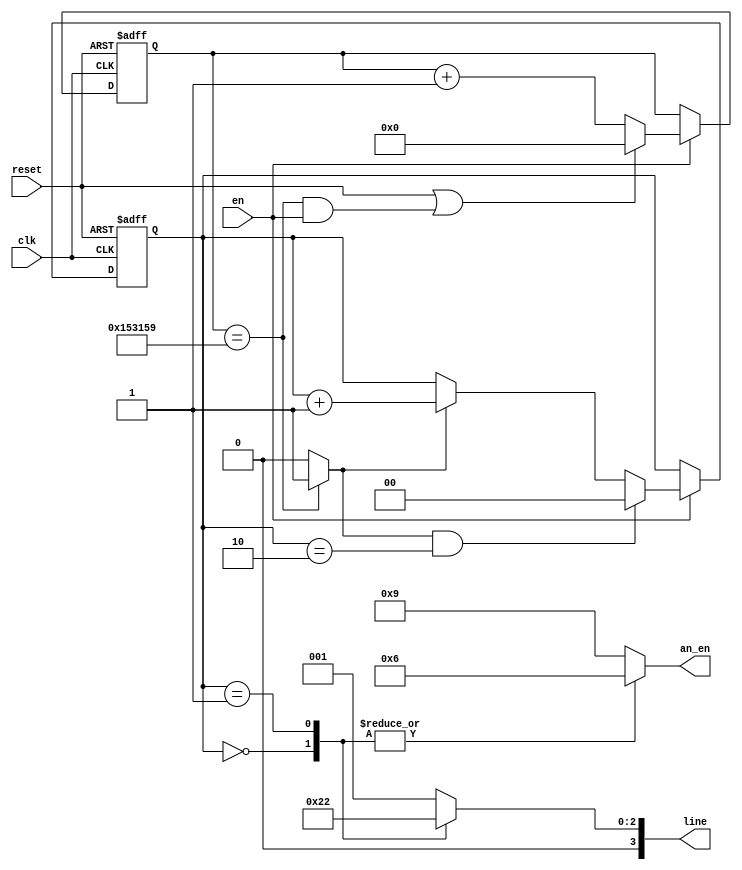
module heartbeat(
    input clk, 
    input reset,
    input en,
    output reg [3:0] an_en,    //if 1 on, if 0 off
    output reg [3:0] line
    );
    
    parameter DVSR = 1388889; //Mod-M counter for 72 Hz heartbeat frequency
    
    //counter for clock frequency
    reg [31:0] ms_reg;
    wire [31:0] ms_next;
    
    wire ms_tick;
    
    //counter for 8 rotating square states
    reg [1:0] count_reg;
    wire [1:0] count_next;
                
    always @(posedge clk, posedge reset)
        if(reset)
            begin
                ms_reg <= 0;
                count_reg <= 0;
            end
        else if (en)
            begin
                ms_reg <= ms_next;
                count_reg <= count_next;
            end
    
    //next-state logic
    
    assign ms_next = (reset || (ms_reg == DVSR && en)) ? 0 :
                                                  (en) ? ms_reg + 1 :
                                                         ms_reg;
    //asserts ms_tick if DVSR at max for counter                      
    assign ms_tick = (ms_reg == DVSR) ? 1'b1 : 1'b0;
    
    //if clock tick and clock wise, increment. if clock tick and counter clockwise, decrement. otherwise, keep count same
    assign count_next = (ms_tick && count_reg == 2) ? 0 : 
                                          (ms_tick) ? count_reg + 1 : 
                                                      count_reg;
        
    //output logic
    //an_en to seg mux, line to determine if on left or right side for each of the 4 displays
    always @*
        begin
            case(count_reg)
                2'b00:  //state 1
                    begin
                        an_en = 4'b0110;    
                        line = 4'b0100;     //bit 3 and 0 are don't cares, an not enabled
                    end
                2'b01:  //state 2
                    begin
                        an_en = 4'b0110;    
                        line = 4'b0010;     //bit 3 and 0 are don't cares, an not enabled
                    end
                default: //state 3 + default coverage
                    begin
                        an_en = 4'b1001;    
                        line = 4'b0001;     //bit 2 and 1 are don't cares, an not enabled
                    end
            endcase
        end

endmodule